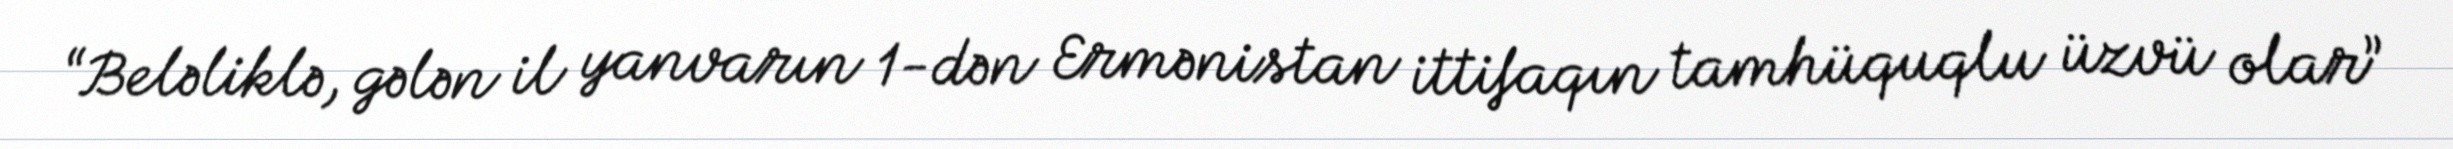
“Beləliklə, gələn il yanvarın 1-dən Ermənistan ittifaqın tamhüquqlu üzvü olar”